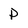
Character: P